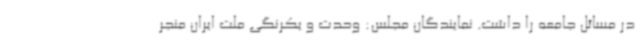
در مسائل جامعه را داشت. نمایندگان مجلس: وحدت و یکرنگی ملت ایران منجر